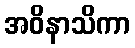
အဝိနာသိကာ